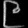
Digit: ၉